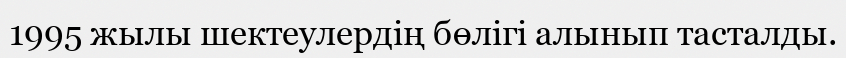
1995 жылы шектеулердің бөлігі алынып тасталды.